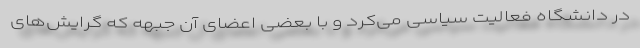
در دانشگاه فعالیت سیاسی می‌کرد و با بعضی اعضای آن جبهه كه گرایش‌های